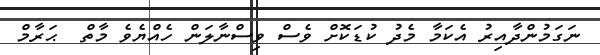
ނަގަމުންދާއިރު އެކަމާ މެދު ކުޑަކޮށް ވެސް ވިސްނާލަން ހެއްޔެވެ މާތް  ޙަރާމް